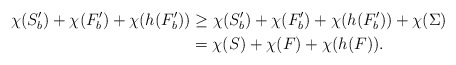
\begin{align*}\chi(S'_b)+\chi(F'_b)+\chi(h(F'_b))& \ge \chi(S'_b)+\chi(F'_b)+\chi(h(F'_b))+\chi(\Sigma)\\& = \chi(S) +\chi(F)+\chi(h(F)).\end{align*}